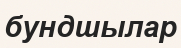
бундшылар